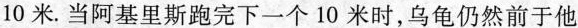
10米。当阿基里斯跑完下一个10米时，乌龟仍然前于他